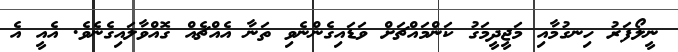
ނީލޯފަރު ހިނގުމާއި މަޖީދީމަގު ކަންމައްޗަށް ވަޑައިގެންނެވި ތަނާ އެއްޗެއް ގޮއްވާލައިގެނެވެ. އެއީ އެ